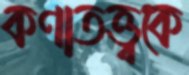
কণাতত্ত্বকে